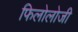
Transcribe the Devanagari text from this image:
फिलोलोजी